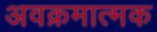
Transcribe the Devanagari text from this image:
अवक्रमात्मक